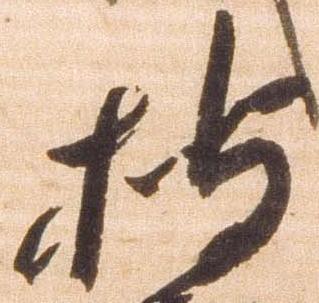
披